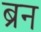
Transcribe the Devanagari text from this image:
ब्रन